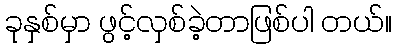
ခုနှစ်မှာ ဖွင့်လှစ်ခဲ့တာဖြစ်ပါ တယ်။